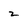
Character: z